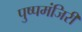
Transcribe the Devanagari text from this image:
पुष्पमंजिरी